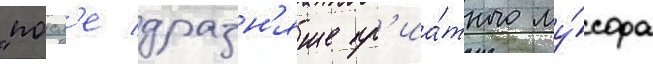
"посл'е дразн'яще пр'иа́тного му́сора